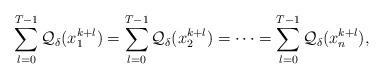
LaTeX: \begin{align*}\sum_{l=0}^{T-1}\mathcal{Q}_\delta(x_1^{k+l})=\sum_{l=0}^{T-1}\mathcal{Q}_\delta(x_2^{k+l})=\cdots=\sum_{l=0}^{T-1}\mathcal{Q}_\delta(x_n^{k+l}),\end{align*}